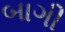
બાગી